Calcutta medical institutions reports 1892-1900
Year: 1892
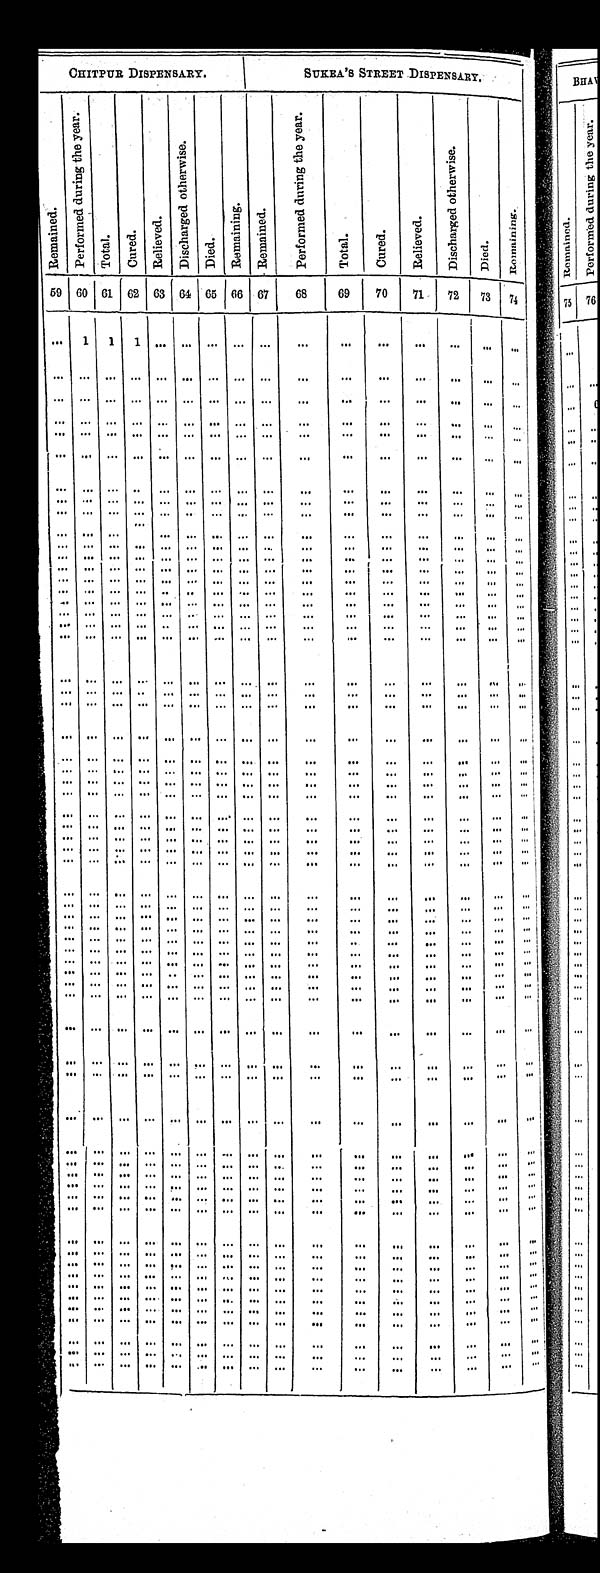
CHITPUR DISPENSARY.
SUKEA'S STREET DISPENSARY.
R e m a i n e d .
P e r f o r m e d d u r i n g t h e y e a r .
T o t a l .
C u r e d .
R e l i e v e d .
D i s c h a r g e d o t h e r w i s e .
D i e d .
R e m a i n i n g .
R e m a i n e d .
P e r f o r m e d d u r i n g t h e y e a r .
T o t a l .
C u r e d .
R e l i e v e d .
D i s c h a r g e d o t h e r w i s e .
D i e d .
R e m a i n i n g .
5 9
6 0 61 62 63 64 65
66 67
68
69
70
71
72
73
7 4
. . . 1 1 1
. . .
. . . . . .
. . .
. . .
. . .
. . .
. . .
. . .
. . .
. . .
. . .
. . .
. . .
. . .
. . .
. . .
. . . . . .
. . .
. . .
. . .
. . .
. . .
. . .
. . .
. . .
. . .
. . .
. . .
. . .
. . .
. . .
. . . . . .
. . .
. . .
. . .
. . .
. . .
. . .
. . .
. . .
. . .
. . .
. . .
. . .
. . .
. . .
. . .
. . .
. . .
. . .
. . .
. . .
. . .
. . .
. . .
. . .
. . .
. . .
. . .
. . .
. . .
. . .
. . . . . .
. . .
. . .
. . .
. . .
. . .
. . .
. . .
. . .
. . .
. . .
. . .
. . .
. . .
. . .
. . .
. . .
. . .
. . .
. . .
. . .
. . .
. . .
. . .
. . .
. . .
. . .
. . .
. . .
. . .
. . .
. . .
. . .
. . .
. . .
. . .
. . .
. . .
. . .
. . .
. . .
. . .
. . .
. . .
. . .
. . .
. . .
. . .
. . .
. . .
. . .
. . .
. . .
. . .
. . .
. . .
. . .
. . .
. . .
. . .
. . .
. . .
. . .
. . .
. . .
. . .
. . .
. . .
. . .
. . .
. . .
. . .
. . .
. . .
. . .
. . .
. . .
. . .
. . .
. . . . . .
. . .
. . .
. . .
. . .
. . .
. . .
. . .
. . .
. . .
. . .
. . .
. . .
. . .
. . .
. . .
. . .
. . .
. . .
. . .
. . .
. . .
. . .
. . .
. . .
. . .
. . .
. . .
. . .
. . .
. . .
. . .
. . .
. . .
. . .
. . .
. . .
. . .
. . .
. . .
. . .
. . .
. . .
. . .
. . .
. . .
. . .
. . .
. . .
. . .
. . .
. . .
. . .
. . .
. . .
. . .
. . .
. . .
. . .
. . .
. . .
. . .
. . .
. . .
. . .
. . .
. . .
. . .
. . .
. . .
. . .
. . .
. . .
. . .
. . .
. . .
. . .
. . .
. . .
. . .
. . .
. . .
. . .
. . .
. . .
. . .
. . .
. . .
. . .
. . .
. . .
. . .
. . .
. . .
. . .
. . . . . .
. . .
. . .
. . .
. . .
. . .
. . .
. . .
. . .
. . .
. . .
. . .
. . .
. . .
. . .
. . .
. . .
. . .
. . .
. . .
. . .
. . .
. . .
. . .
. . .
. . .
. . .
. . .
. . .
. . .
. . .
. . . . . .
. . .
. . .
. . .
. . .
. . .
. . .
. . .
. . .
. . .
. . .
. . .
. . .
. . .
. . .
. . .
. . .
. . .
. . .
. . .
. . .
. . .
. . .
. . .
. . .
. . .
. . .
. . .
. . .
. . .
. . .
. . . . . .
. . .
. . .
. . .
. . .
. . .
. . .
. . .
. . .
. . .
. . .
. . .
. . .
. . .
. . .
. . .
. . .
. . .
. . .
. . .
. . .
. . .
. . .
. . .
. . .
. . .
. . .
. . .
. . .
. . .
. . .
. . . . . .
. . .
. . .
. . .
. . .
. . .
. . .
. . .
. . .
. . .
. . .
. . .
. . .
. . .
. . .
. . . . . .
. . .
. . .
. . .
. . .
. . .
. . .
. . .
. . .
. . .
. . .
. . .
. . .
. . .
. . .
. . . . . .
. . .
. . .
. . .
. . .
. . .
. . .
. . .
. . .
. . .
. . .
. . .
. . .
. . .
. . .
. . . . . .
. . .
. . .
. . .
. . .
. . .
. . .
. . .
. . .
. . .
. . .
. . .
. . .
. . .
. . .
. . .
. . .
. . .
. . .
. . .
. . .
. . .
. . .
. . .
. . .
. . .
. . .
. . .
. . .
. . .
. . .
. . .
. . .
. . .
. . .
. . .
. . .
. . .
. . .
. . .
. . .
. . .
. . .
. . .
. . .
. . .
. . .
. . . . . .
. . .
. . .
. . .
. . .
. . .
. . .
. . .
. . .
. . .
. . .
. . .
. . .
. . .
. . .
. . .
. . .
. . .
. . .
. . .
. . .
. . .
. . .
. . .
. . .
. . .
. . .
. . .
. . .
. . .
. . .
. . . . . .
. . .
. . .
. . .
. . .
. . .
. . .
. . .
. . .
. . .
. . .
. . .
. . .
. . .
. . .
. . . . . .
. . .
. . .
. . .
. . .
. . .
. . .
. . .
. . .
. . .
. . .
. . .
. . .
. . .
. . .
. . . . . .
. . .
. . .
. . .
. . .
. . .
. . .
. . .
. . .
. . .
. . .
. . .
. . .
. . .
. . .
. . . . . .
. . .
. . .
. . .
. . .
. . .
. . .
. . .
. . .
. . .
. . .
. . .
. . .
. . .
. . .
. . .
. . .
. . .
. . .
. . .
. . .
. . .
. . .
. . .
. . .
. . .
. . .
. . .
. . .
. . .
. . .
. . . . . .
. . .
. . .
. . .
. . .
. . .
. . .
. . .
. . .
. . .
. . .
. . .
. . .
. . .
. . .
. . . . . .
. . .
. . .
. . .
. . .
. . .
. . .
. . .
. . .
. . .
. . .
. . .
. . .
. . .
. . .
. . .
. . .
. . .
. . .
. . .
. . .
. . .
. . .
. . .
. . .
. . .
. . .
. . .
. . .
. . .
. . .
. . . . . .
. . .
. . .
. . .
. . .
. . .
. . .
. . .
. . .
. . .
. . .
. . .
. . .
. . .
. . .
. . . . . .
. . .
. . .
. . .
. . .
. . .
. . .
. . .
. . .
. . .
. . .
. . .
. . .
. . .
. . .
. . . . . .
. . .
. . .
. . .
. . .
. . .
. . .
. . .
. . .
. . .
. . .
. . .
. . .
. . .
. . .
. . . . . .
. . .
. . .
. . .
. . .
. . .
. . .
. . .
. . .
. . .
. . .
. . .
. . .
. . .
. . .
. . .
. . .
. . .
. . .
. . .
. . .
. . .
. . .
. . .
. . .
. . .
. . .
. . .
. . .
. . .
. . .
. . .. . .
. . .
. . .
. . .
. . .
. . .
. . .
. . .
. . .
. . .
. . .
. . .
. . .
. . .
. . .
. . .. . .
. . .
. . .
. . .
. . .
. . .
. . .
. . .
. . .
. . .
. . .
. . .
. . .
. . .
. . .
. . .. . .
. . .
. . .
. . .
. . .
. . .
. . .
. . .
. . .
. . .
. . .
. . .
. . .
. . .
. . .
. . .. . .
. . .
. . .
. . .
. . .
. . .
. . .
. . .
. . .
. . .
. . ..
. .
. . .
. . .
. . .
. . .. . .
. . .
. . .
. . .
. . .
. . .
. . .
. . .
. . .
. . .
. . .
. . .
. . .
. . .
. . .
. . .. . .
. . .
. . .
. . .
. . .
. . .
. . .
. . .
. . .
. . .
. . .
. . .
. . .
. . .
. . .
. . .. . .
. . .
. . .
. . .
. . .
. . .
. . .
. . .
. . .
. . .
. . .
. . .
. . .
. . .
. . .
. . .. . .
. . .
. . .
. . .
. . .
. . .
. . .
. . .
. . .
. . .
. . .
. . .
. . .
. . .
. . .
. . .. . .
. . .
. . .
. . .
. . .
. . .
. . .
. . .
. . .
. . .
. . .
. . .
. . .
. . .
. . .
. . .. . .
. . .
. . .
. . .
. . .
. . .
. . .
. . .
. . .
. . .
. . .
. . .
. . .
. . .
. . .
. . .. . .
. . .
. . .
. . .
. . .
. . .
. . .
. . .
. . .
. . .
. . .
. . .
. . .
. . .
. . .
. . .. . .
. . .
. . .
. . .
. . .
. . .
. . . . . .
. . .
. . .
. . .
. . .
. . .
. . .
. . .
. . .. . .
. . .
. . .
. . .
. . .
. . .
. . . . . .
. . .
. . .
. . .
. . .
. . .
. . .
. . .
. . .. . .
. . .
. . .
. . .
. . .
. . .
. . . . . .
. . .
. . .
. . .
. . .
. . .
. . .
. . .
. . .. . .
. . .
. . .
. . .
. . .
. . .
. . .
. . .
. . .
. . .
. . .
. . .
. . .
. . .
. . .
. . .. . .
. . .
. . .
. . .
. . .
. . .
. . .
. . .
. . .
. . .
. . .
. . .
. . .
. . .
. . .
. . .. . .
. . .
. . .
. . .
. . .
. . .
. . .
. . .
. . .
. . .
. . .
. . .
. . .
. . .
. . .
. . .. . .
. . .
. . .
. . .
. . .
. . .
. . .
. . .
. . .
. . .
. . .
. . .
. . .
. . .
. . .
. . .. . .
. . .
. . .
. . .
. . .
. . .
. . .
. . .
. . .
. . .
. . .
. . .
. . .
. . .
. . .
. . .. . .
. . .
. . .
. . .
. . .
. . .
. . .
. . .
. . .
. . .
. . .
. . .
. . .
. . .
. . .
. . .. . .
. . .
. . .
. . .
. . .
. . .
. . .
. . .
. . .
. . .
. . .
. . .
. . .
. . .
. . .
. . .. . .
. . .
. . .
. . .
. . .
. . .
. . .. . .
. . .
. . .